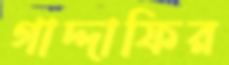
গাদ্দাফির